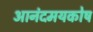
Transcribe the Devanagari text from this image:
आनंदमयकोष